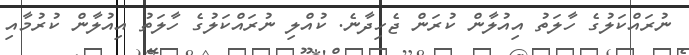
ނުރައްކަލުގެ ހާލަތު އިއުލާން ކުރަން ޖެހިދާނެ. ކުއްލި ނުރައްކަލުގެ ހާލަތު އިއުލާން ކުރުމާއި